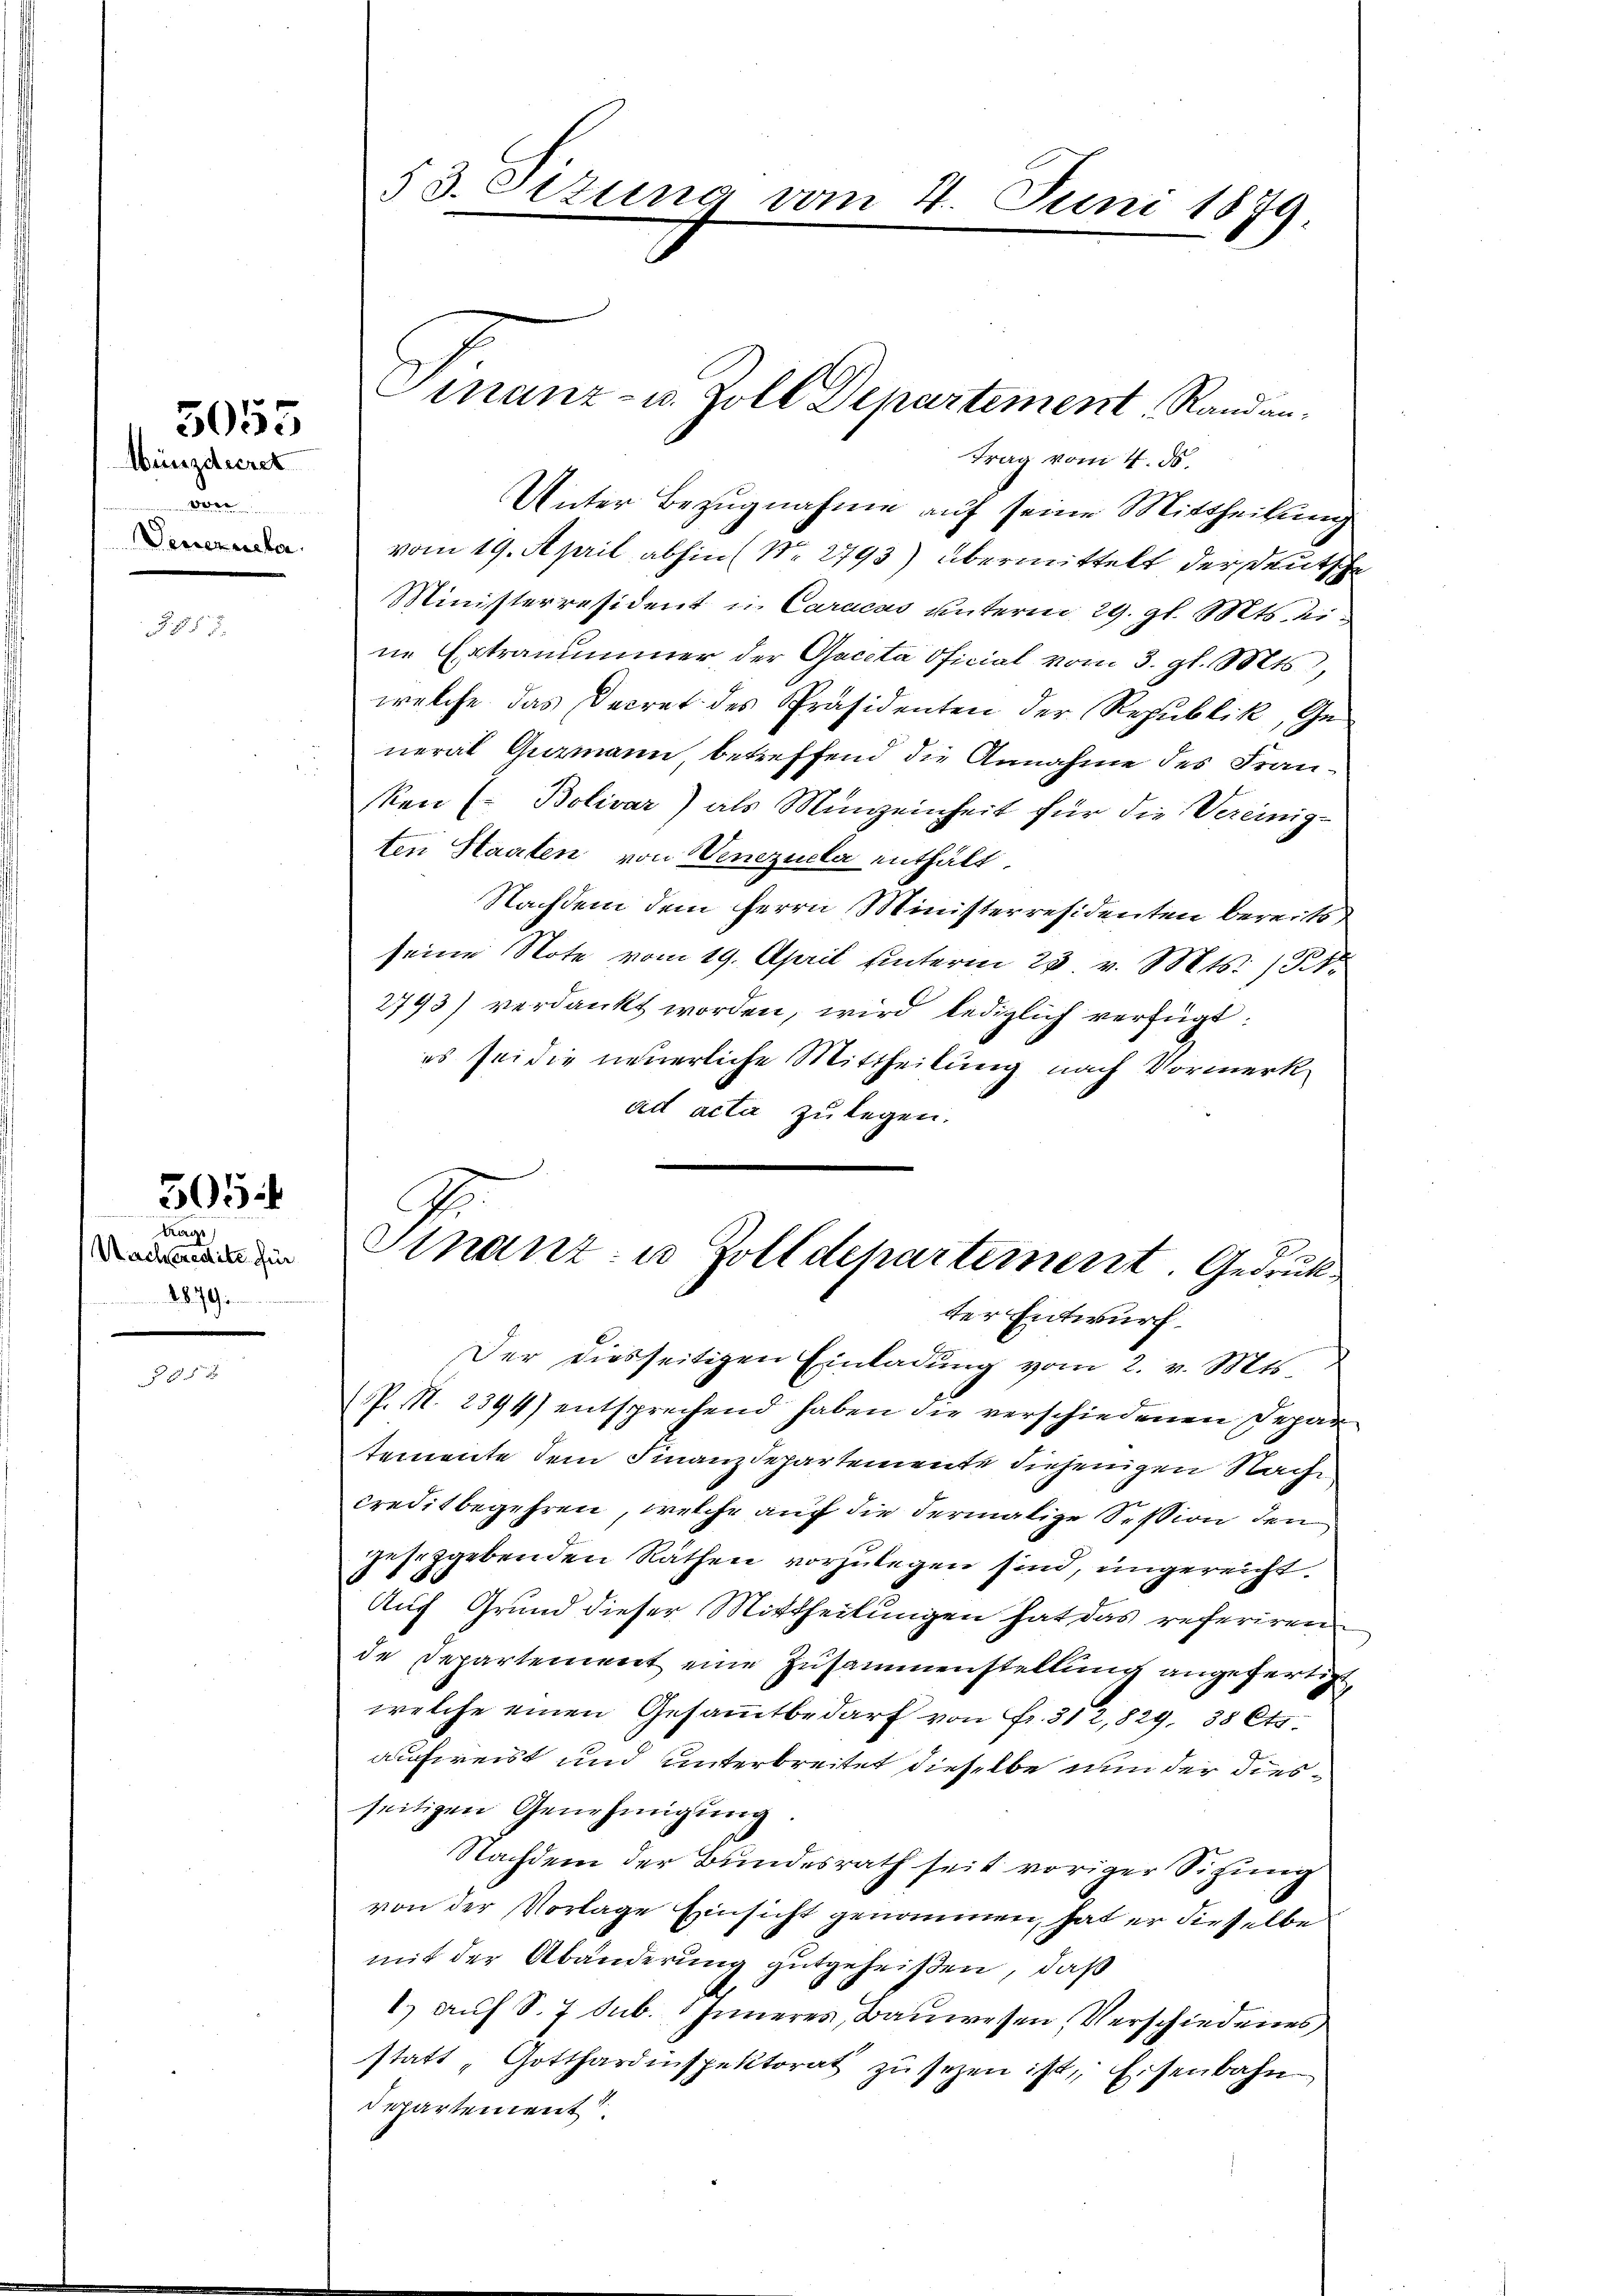
den
Dersekreter

5055
Münsdieret

G . §. 3.

Nachpredite für
1879 in

505
Kage

Unter Bezugnahme auf seine Mittheilung
vom 19. April abhin Nr. 2793) übermittelt der Deutsche
Ministerresident u. Caracas unterm 29. gl. Mts. eine Ertraumer der Gaceta Oficial vom 3. gl. Mts.,
welche das Decret des Präsidenten der Republik, General Guzmann betreffend die Annahme des Franken ( Bolivar) als Munzeinheit für die Vereinig-
ten Staaten von Venezuela enthält
Nachdem dem Herrn Ministerresidenten bereits
seine Note vom 19. April hinterm 23. v. Mts. 134
2793) verdankt worden, wird lediglich verfügt:
es sei die neuerliche Mittheilung nach Vormerk
ad acta zu legen.
Der diesseitigen Einladŭng vom 2. v. Mts.
P. M. 2394) entsprechend haben die verschiedenen Depar
temente dem Finanzdepartemente diejenigen Nachcreditbegehren, welche auf die dermalige Session den
zehrzgebenden Räthen vorzulegen sind, ungereicht
Auf Grund dieser Mittheilungen hat das referiren
de Departement eine Zusammenstellung angefertigt,
welche einen Gesammtbedarf von Fr. 312,829, 38 Cts
aufweist und unterbreitet dieselbe nun der diesseitigen Genehmigung.
Nachdem der Bundesrath seit voriger Sitzung
von der Vorlage Einsicht genommen, hat er dieselbe
mit der Abänderung gutgeheißen, daß
1) auf S. 7 Sub. 1 Inneres, Bauwesen Verschiedenes
statt, Gotthardinspektorat zŭ sezen ist, Eisenbahn
Departement

53. Ottung vom 4. Juni 1879

inanz- u. Zoll Departement Randan-
trag vom 4. ds.

Sinanz- u. Zolldepartement. Gedruck
ter Entwurf.